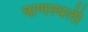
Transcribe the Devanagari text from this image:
वाणस्थली